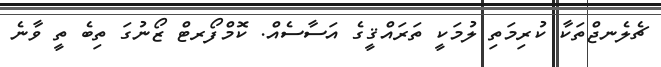
ޗެލެނޖްތަކާ ކުރިމަތި ލުމަކީ ތަރައްޤީގެ އަސާސެއް. ކޮމްފޯރޓް ޒޯނުގަ ތިބެ ތީ ވާނެ